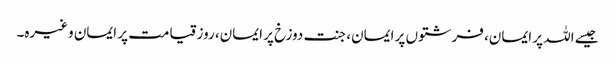
جیسے اللہ پر ایمان، فرشتوں پر ایمان، جنت دوزخ پر ایمان، روز قیامت پر ایمان وغیرہ۔